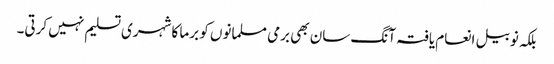
بلکہ نوبیل انعام یافتہ آنگ سان بھی برمی مسلمانوں کو برما کا شہری تسلیم نہیں کرتی۔